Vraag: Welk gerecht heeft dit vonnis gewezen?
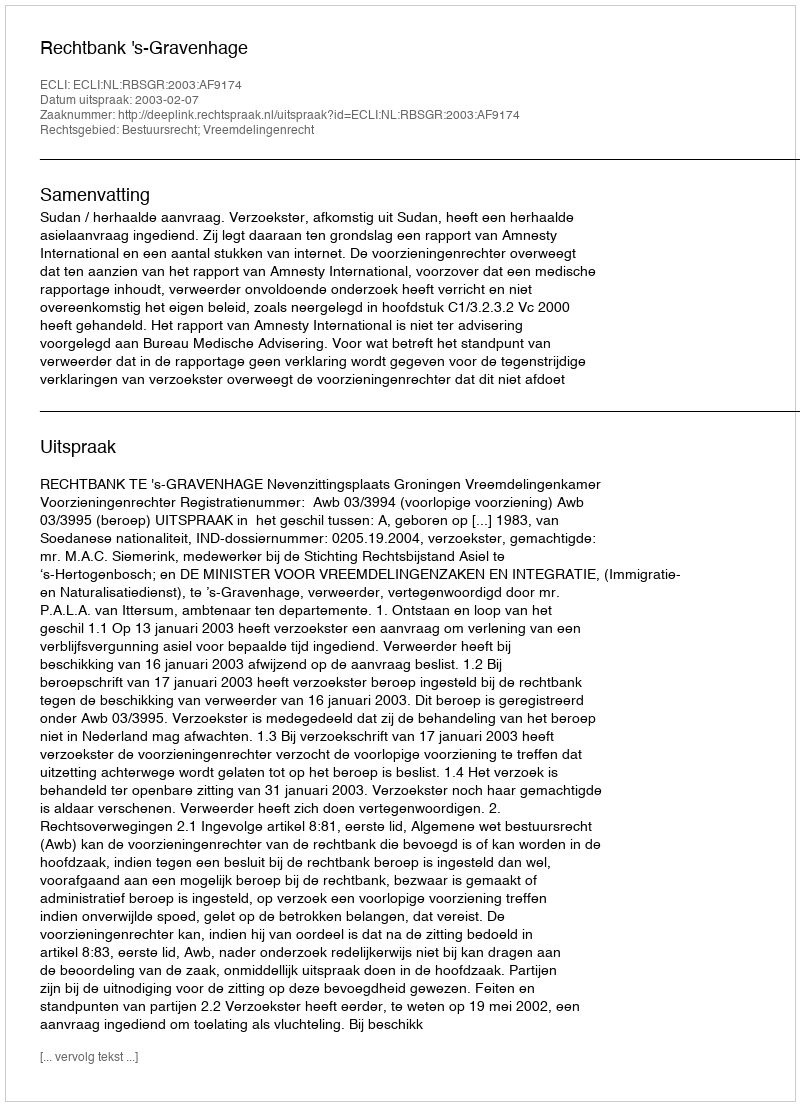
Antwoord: Rechtbank 's-Gravenhage